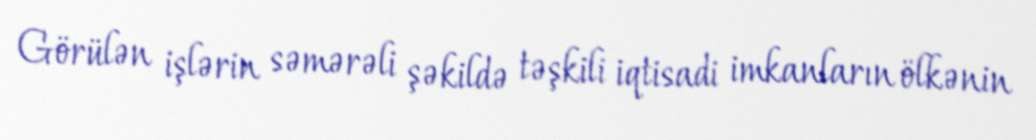
Görülən işlərin səmərəli şəkildə təşkili iqtisadi imkanların ölkənin